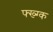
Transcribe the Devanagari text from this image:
फ्ख्ग्क